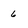
Character: 6